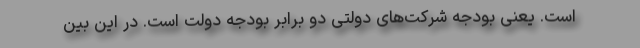
است. یعنی بودجه شرکت‌های دولتی دو برابر بودجه دولت است. در این بین